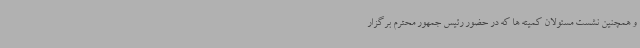
و همچنین نشست مسئولان کمیته ها که در حضور رئیس جمهور محترم برگزار